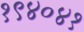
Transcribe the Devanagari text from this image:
१९४०४१